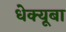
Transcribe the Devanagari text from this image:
धेक्यूबा